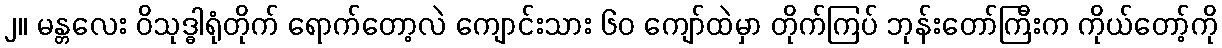
၂။ မန္တလေး ဝိသုဒ္ဓါရုံတိုက် ရောက်တော့လဲ ကျောင်းသား ၆၀ ကျော်ထဲမှာ တိုက်ကြပ် ဘုန်းတော်ကြီးက ကိုယ်တော့်ကို